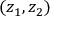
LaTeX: ( z _ { 1 } , z _ { 2 } )